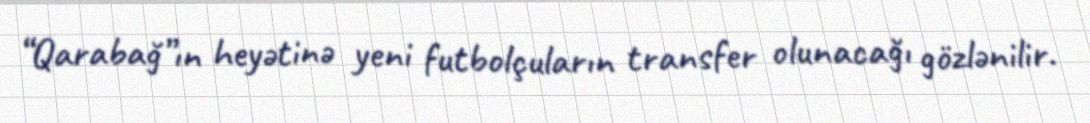
“Qarabağ”ın heyətinə yeni futbolçuların transfer olunacağı gözlənilir.